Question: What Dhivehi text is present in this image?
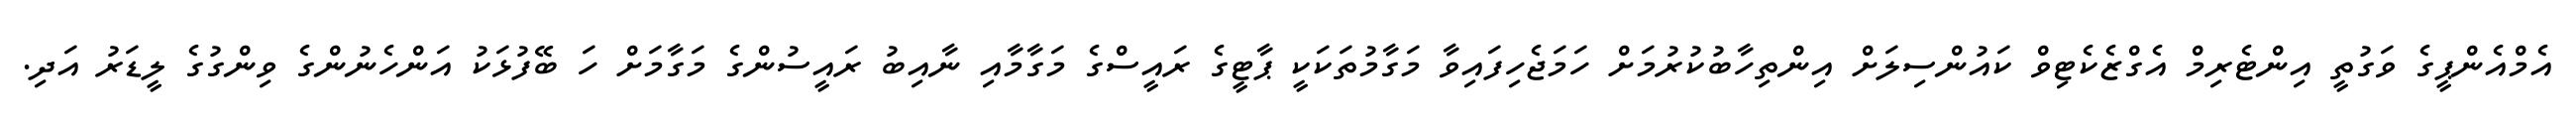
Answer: އެމްއެންޕީގެ ވަގުތީ އިންޓެރިމް އެގްޒެކެޓިވް ކައުންސިލަށް އިންތިހާބުކުރުމަށް ހަމަޖެހިފައިވާ މަގާމުތަކަކީ ޕާޓީގެ ރައީސްގެ މަގާމާއި ނާއިބު ރައީސުންގެ މަގާމަށް ހަ ބޭފުޅަކު އަންހެނުންގެ ވިންގުގެ ލީޑަރު އަދި.